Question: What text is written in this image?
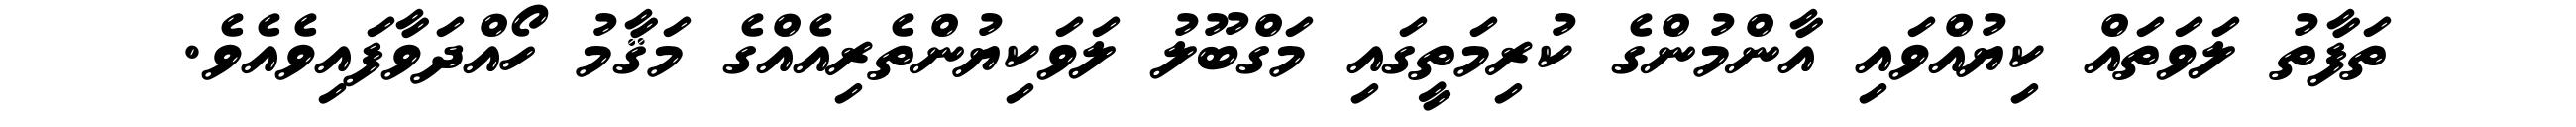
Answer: ތަފާތު ލަވަތައް ކިޔުއްވައި އާންމުންގެ ކުރިމަތީގައި މަގްބޫލު ލަވަކިޔުންތެރިއެއްގެ މަޤާމު ހޯއްދަވާފައިވެއެވެ.